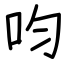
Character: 呁